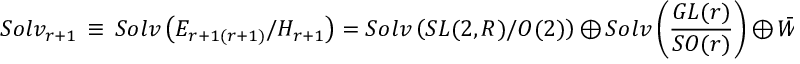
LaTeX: S o l v _ { r + 1 } \, \equiv \, S o l v \left( E _ { r + 1 ( r + 1 ) } / { \cal H } _ { r + 1 } \right) = S o l v \left( S L ( 2 , R ) / O ( 2 ) \right) \, \oplus \, S o l v \left( \frac { G L ( r ) } { S O ( r ) } \right) \, \oplus \, { \bar { \cal W } } _ { r + 1 }